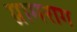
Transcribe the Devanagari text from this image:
ग्रामराग